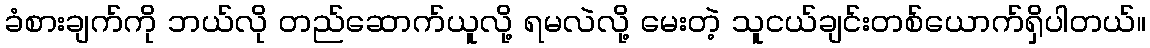
ခံစားချက်ကို ဘယ်လို တည်ဆောက်ယူလို့ ရမလဲလို့ မေးတဲ့ သူငယ်ချင်းတစ်ယောက်ရှိပါတယ်။